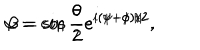
LaTeX: \alpha = \cos { \frac { \theta } { 2 } } e ^ { i ( \psi + \phi ) / 2 } , \hspace { 0 . 2 i n } \beta = \sin { \frac { \theta } { 2 } } e ^ { i ( \psi - \phi ) / 2 } .